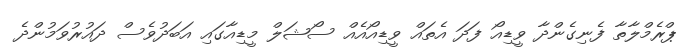
ޕްރެމްލާތާ ފެނިގެންދާ ވީޑިއޯ ފަދަ އެތައް ވީޑިއޯއެއް ސޯޝަލް މީޑިއާގައި އަބަދުވެސް ދައުރުވަމުންދެ